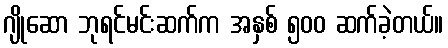
ဂျိုဆော ဘုရင်မင်းဆက်က အနှစ် ၅၀၀ ဆက်ခဲ့တယ်။